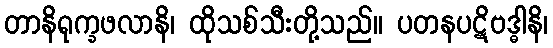
တာနိရုက္ခဖလာနိ၊ ထိုသစ်သီးတို့သည်။ ပတနပဋိဗဒ္ဓါနိ၊